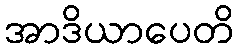
အာဒိယာပေတိ